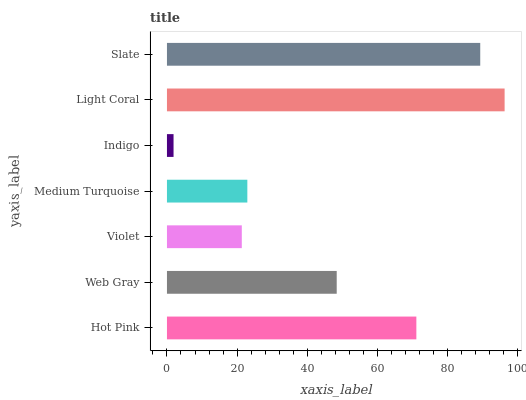
| yaxis_label | bars |
 | --- | --- |
 | Hot Pink | 71.1 |
 | Web Gray | 48.4 |
 | Violet | 21.3 |
 | Medium Turquoise | 22.9 |
 | Indigo | 1.88 |
 | Light Coral | 96.2 |
 | Slate | 89.3 |